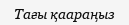
Тағы қаараңыз